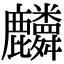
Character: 𪋷